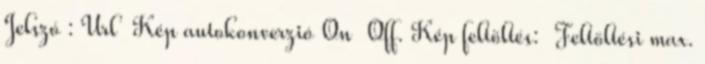
Jelszó : Url Kép autokonverzió On Off. Kép feltöltés: Feltöltési max.